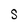
Character: S